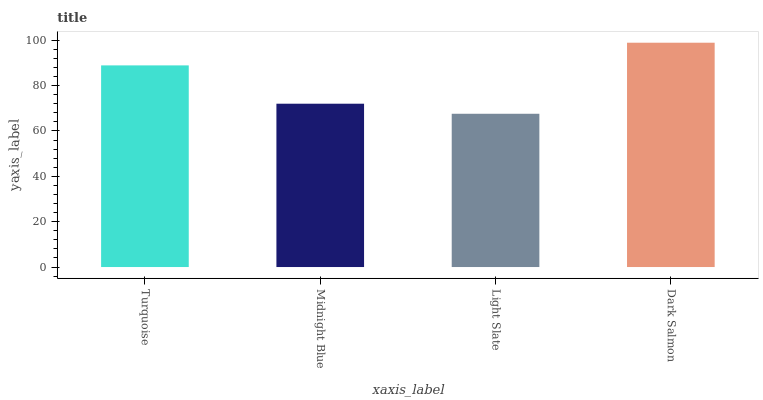
| xaxis_label | bars |
 | --- | --- |
 | Turquoise | 88.9 |
 | Midnight Blue | 72 |
 | Light Slate | 67.6 |
 | Dark Salmon | 98.9 |